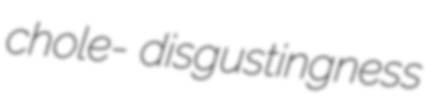
chole- disgustingness